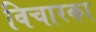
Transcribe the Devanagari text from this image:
विचारका